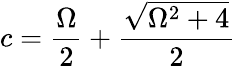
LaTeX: c=\frac{\Omega}{2}+\frac{\sqrt{\Omega^{2}+4}}{2}